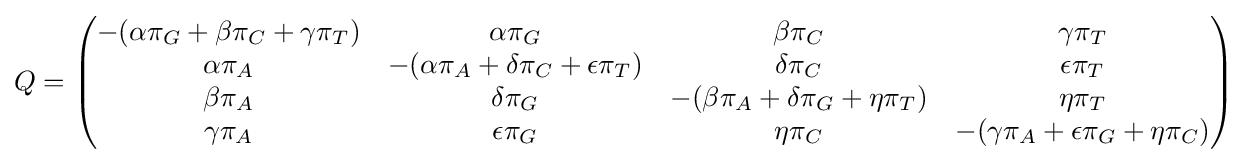
Q={\begin{pmatrix}{-(\alpha \pi _{G}+\beta \pi _{C}+\gamma \pi _{T})}&{\alpha \pi _{G}}&{\beta \pi _{C}}&{\gamma \pi _{T}}\\{\alpha \pi _{A}}&{-(\alpha \pi _{A}+\delta \pi _{C}+\epsilon \pi _{T})}&{\delta \pi _{C}}&{\epsilon \pi _{T}}\\{\beta \pi _{A}}&{\delta \pi _{G}}&{-(\beta \pi _{A}+\delta \pi _{G}+\eta \pi _{T})}&{\eta \pi _{T}}\\{\gamma \pi _{A}}&{\epsilon \pi _{G}}&{\eta \pi _{C}}&{-(\gamma \pi _{A}+\epsilon \pi _{G}+\eta \pi _{C})}\end{pmatrix}}